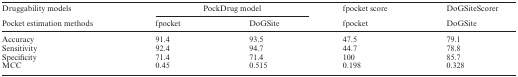
<table><thead><tr><td><b>Druggability models</b></td><td colspan="2"><b>PockDrug model</b></td><td><b>fpocket score</b></td><td><b>DoGSiteScorer</b></td></tr><tr><td><b>Pocket estimation methods</b></td><td><b>fpocket</b></td><td><b>DoGSite</b></td><td><b>fpocket</b></td><td><b>DoGSite</b></td></tr></thead><tbody><tr><td>Accuracy</td><td>91.4</td><td>93.5</td><td>47.5</td><td>79.1</td></tr><tr><td>Sensitivity</td><td>92.4</td><td>94.7</td><td>44.7</td><td>78.8</td></tr><tr><td>Specificity</td><td>71.4</td><td>71.4</td><td>100</td><td>85.7</td></tr><tr><td>MCC</td><td>0.45</td><td>0.515</td><td>0.198</td><td>0.328</td></tr></tbody></table>